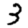
Digit: 3